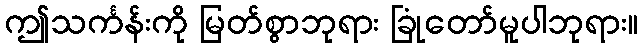
ဤသင်္ကန်းကို မြတ်စွာဘုရား ခြုံတော်မူပါဘုရား။